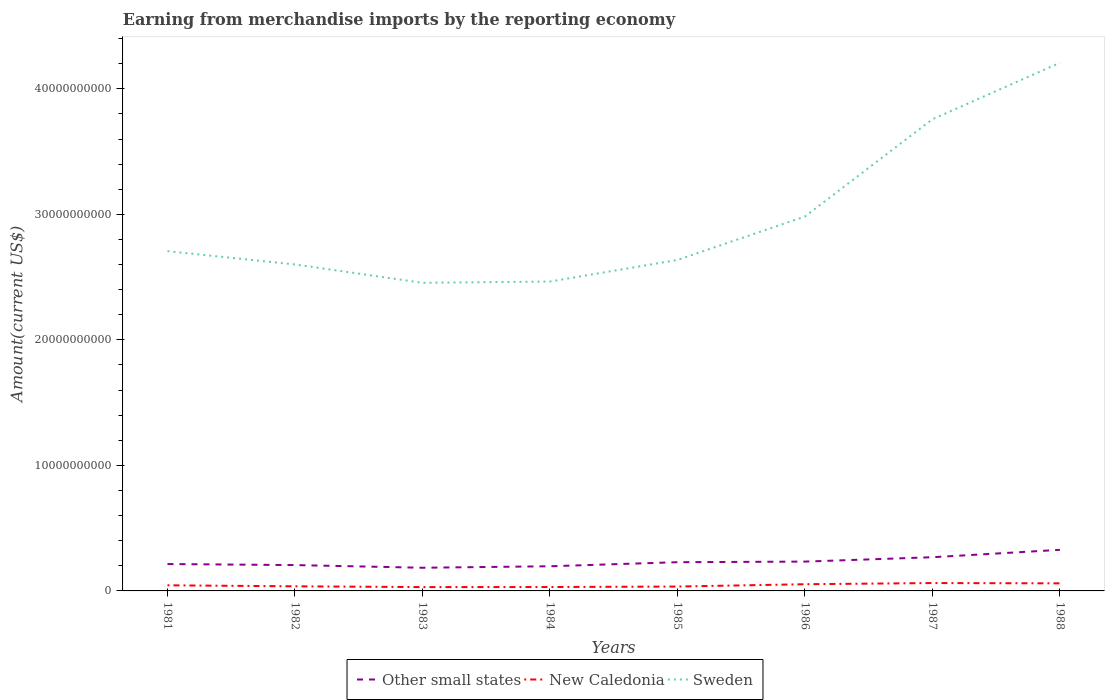
| Years | Other small states | New Caledonia | Sweden |
 | --- | --- | --- | --- |
 | 1981 | 2.14e+09 | 4.48e+08 | 2.71e+10 |
 | 1982 | 2.06e+09 | 3.67e+08 | 2.6e+10 |
 | 1983 | 1.85e+09 | 3.06e+08 | 2.45e+10 |
 | 1984 | 1.96e+09 | 3.1e+08 | 2.46e+10 |
 | 1985 | 2.29e+09 | 3.48e+08 | 2.64e+10 |
 | 1986 | 2.34e+09 | 5.34e+08 | 2.98e+10 |
 | 1987 | 2.68e+09 | 6.27e+08 | 3.76e+10 |
 | 1988 | 3.27e+09 | 6.04e+08 | 4.21e+10 |